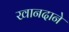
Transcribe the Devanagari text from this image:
खानदाने